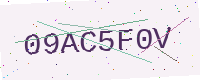
Text: 09AC5F0V